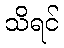
သိရင်